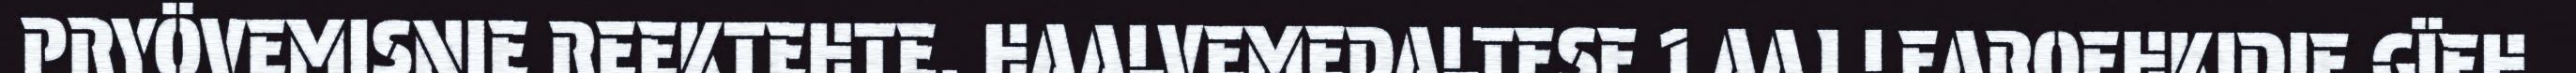
PRYÖVEMISNIE REEKTEHTE. HAALVEMEDALTESE 1 AAJ LEAROEHKIDIE GÏEH